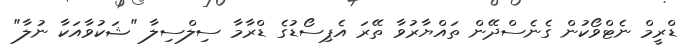
ޑްރީމް ނެޓްވޯކުން ގެނެސްދޭން ތައްޔާރުވާ ތޭރަ އެޕިސޯޑުގެ ޑްރާމާ ސިލްސިލާ "ޝަކުވާއަކާ ނުލާ"